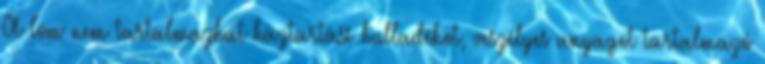
A lom nem tartalmazhat háztartási hulladékot, veszélyes anyagot tartalmazó